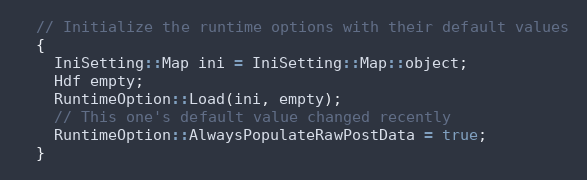
Language: C++
  // Initialize the runtime options with their default values
  {
    IniSetting::Map ini = IniSetting::Map::object;
    Hdf empty;
    RuntimeOption::Load(ini, empty);
    // This one's default value changed recently
    RuntimeOption::AlwaysPopulateRawPostData = true;
  }